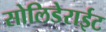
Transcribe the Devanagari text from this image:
सोलिडेराईट